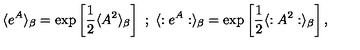
\langle e ^ { A } \rangle _ { \beta } = \exp \left[ \frac { 1 } { 2 } \langle A ^ { 2 } \rangle _ { \beta } \right] \ ; \ \langle : e ^ { A } : \rangle _ { \beta } = \exp \left[ \frac { 1 } { 2 } \langle : A ^ { 2 } : \rangle _ { \beta } \right] ,